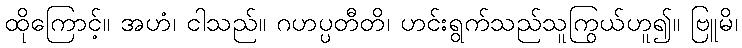
ထိုကြောင့်။ အဟံ၊ ငါသည်။ ဂဟပ္ပတီတိ၊ ဟင်းရွက်သည်သူကြွယ်ဟူ၍။ ဗြူမိ၊